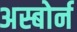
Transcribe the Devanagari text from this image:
अस्बोर्न